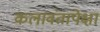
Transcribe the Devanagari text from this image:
कलावंतापेक्षा